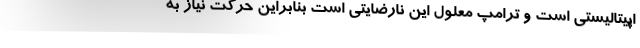
اپیتالیستی است و ترامپ معلول این نارضایتی است بنابراین حرکت نیاز به